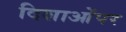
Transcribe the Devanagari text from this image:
दिशाओंपर